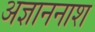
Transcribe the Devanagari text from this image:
अज्ञाननाश